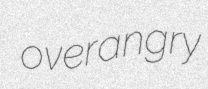
overangry